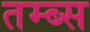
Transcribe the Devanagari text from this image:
तम्ब्स